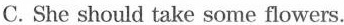
C.She should take some flowers.